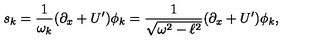
s _ { k } = \frac { 1 } { \omega _ { k } } ( \partial _ { x } + U { ' } ) \phi _ { k } = \frac { 1 } { \sqrt { \omega ^ { 2 } - \ell ^ { 2 } } } ( \partial _ { x } + U { ' } ) \phi _ { k } ,